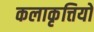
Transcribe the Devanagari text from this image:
कलाकृत्तियों